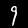
Label: 9